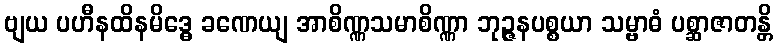
ဗျယ ပဟီနထိနမိဒ္ဓေ ခဏေယျ အာစိဏ္ဏသမာစိဏ္ဏာ ဘုဉ္ဇနပစ္စယာ သမ္ဗာဓံ ပစ္ဆာဇာတန္တိ